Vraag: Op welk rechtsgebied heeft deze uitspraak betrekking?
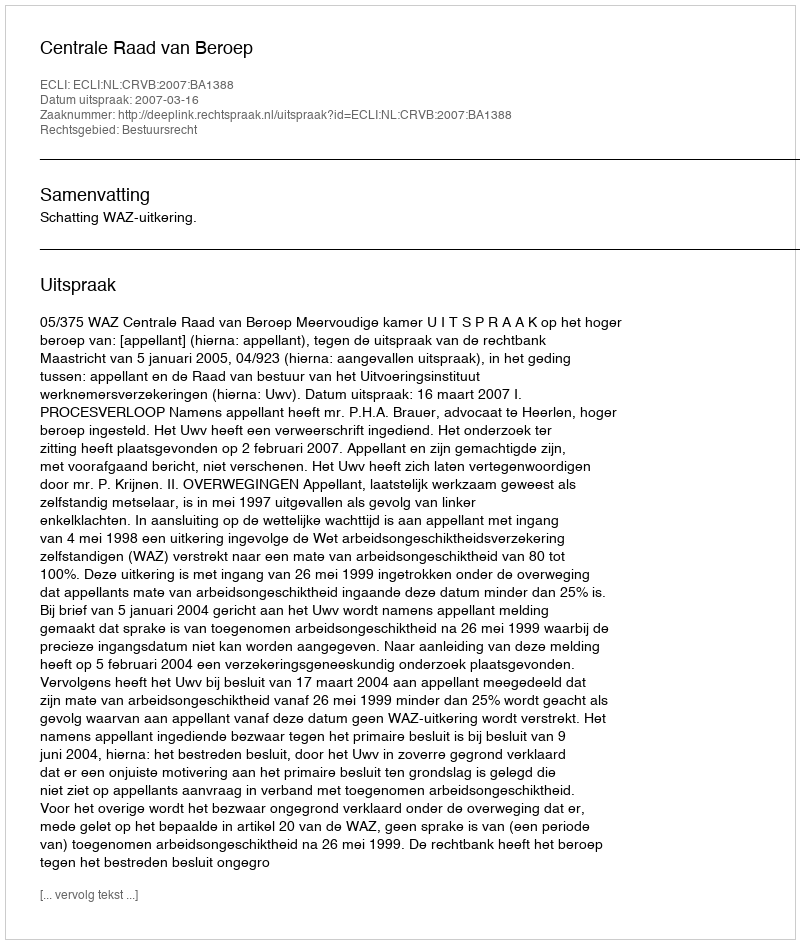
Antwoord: Bestuursrecht